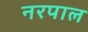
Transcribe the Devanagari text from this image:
नरपाल